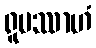
ရူပဿာဟံ